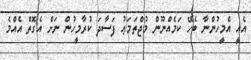
އެއީ އެމީހުންނާ ބެހޭ ކަމެއްނޫން މުޖްތަމަޢު ފަސާދަ ކުރާމީހުން ނަށް އެގޮތް އެއްމެ